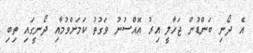
އެ ދޯނި ބަންޑުން ޖަހާލީ އިރު އޮއްސުނު ވަގުތު ކަމަށްވުމާއި ދޯނީގައި ތިބި